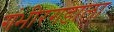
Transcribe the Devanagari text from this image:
गंभीरगडाला